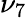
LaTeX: \nu_{7}